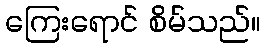
ကြေးရောင် စိမ်သည်။